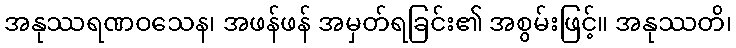
အနုဿရဏဝသေန၊ အဖန်ဖန် အမှတ်ရခြင်း၏ အစွမ်းဖြင့်။ အနုဿတိ၊